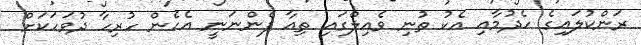
ރަންކުލައިގެ ހެދުމާއި އެކު ތުނި ވެއިލްގައި ތިއާ ފެންނަނީ އެހެން ހުރިހާ ދުވަހަކަށް